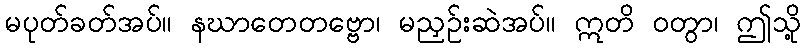
မပုတ်ခတ်အပ်။ နဃာတေတဗ္ဗော၊ မညှဉ်းဆဲအပ်။ ဣတိ ဝတွာ၊ ဤသို့